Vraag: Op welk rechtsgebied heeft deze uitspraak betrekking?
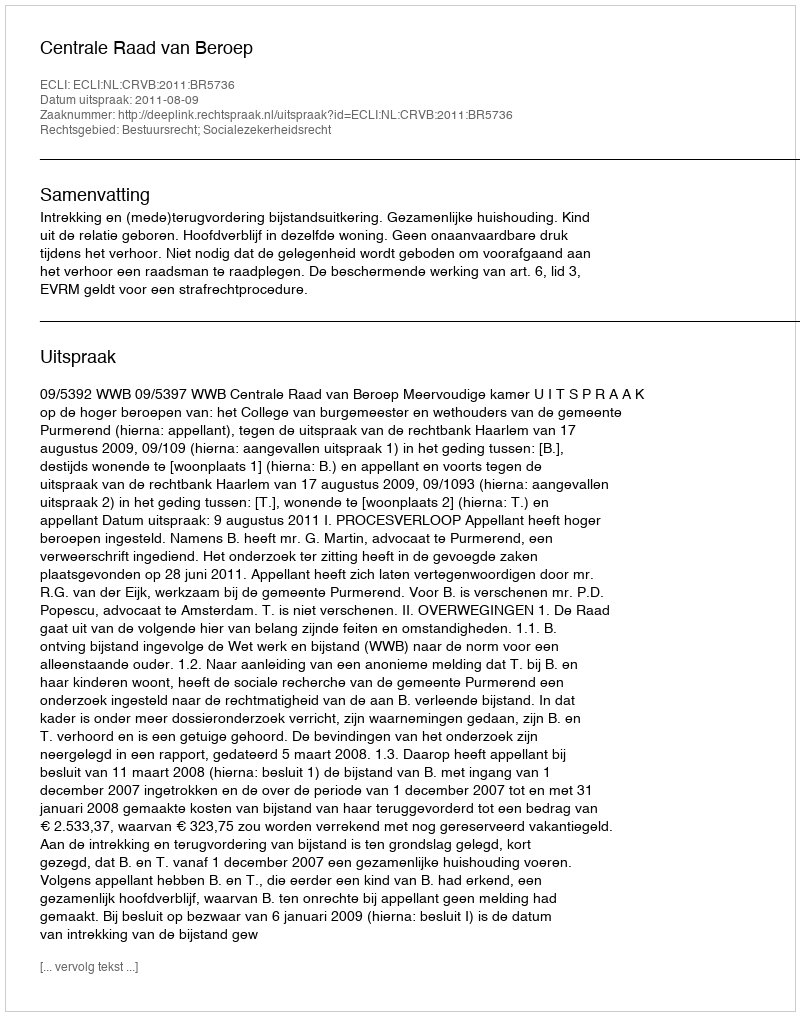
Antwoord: Bestuursrecht; Socialezekerheidsrecht